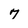
Character: 7